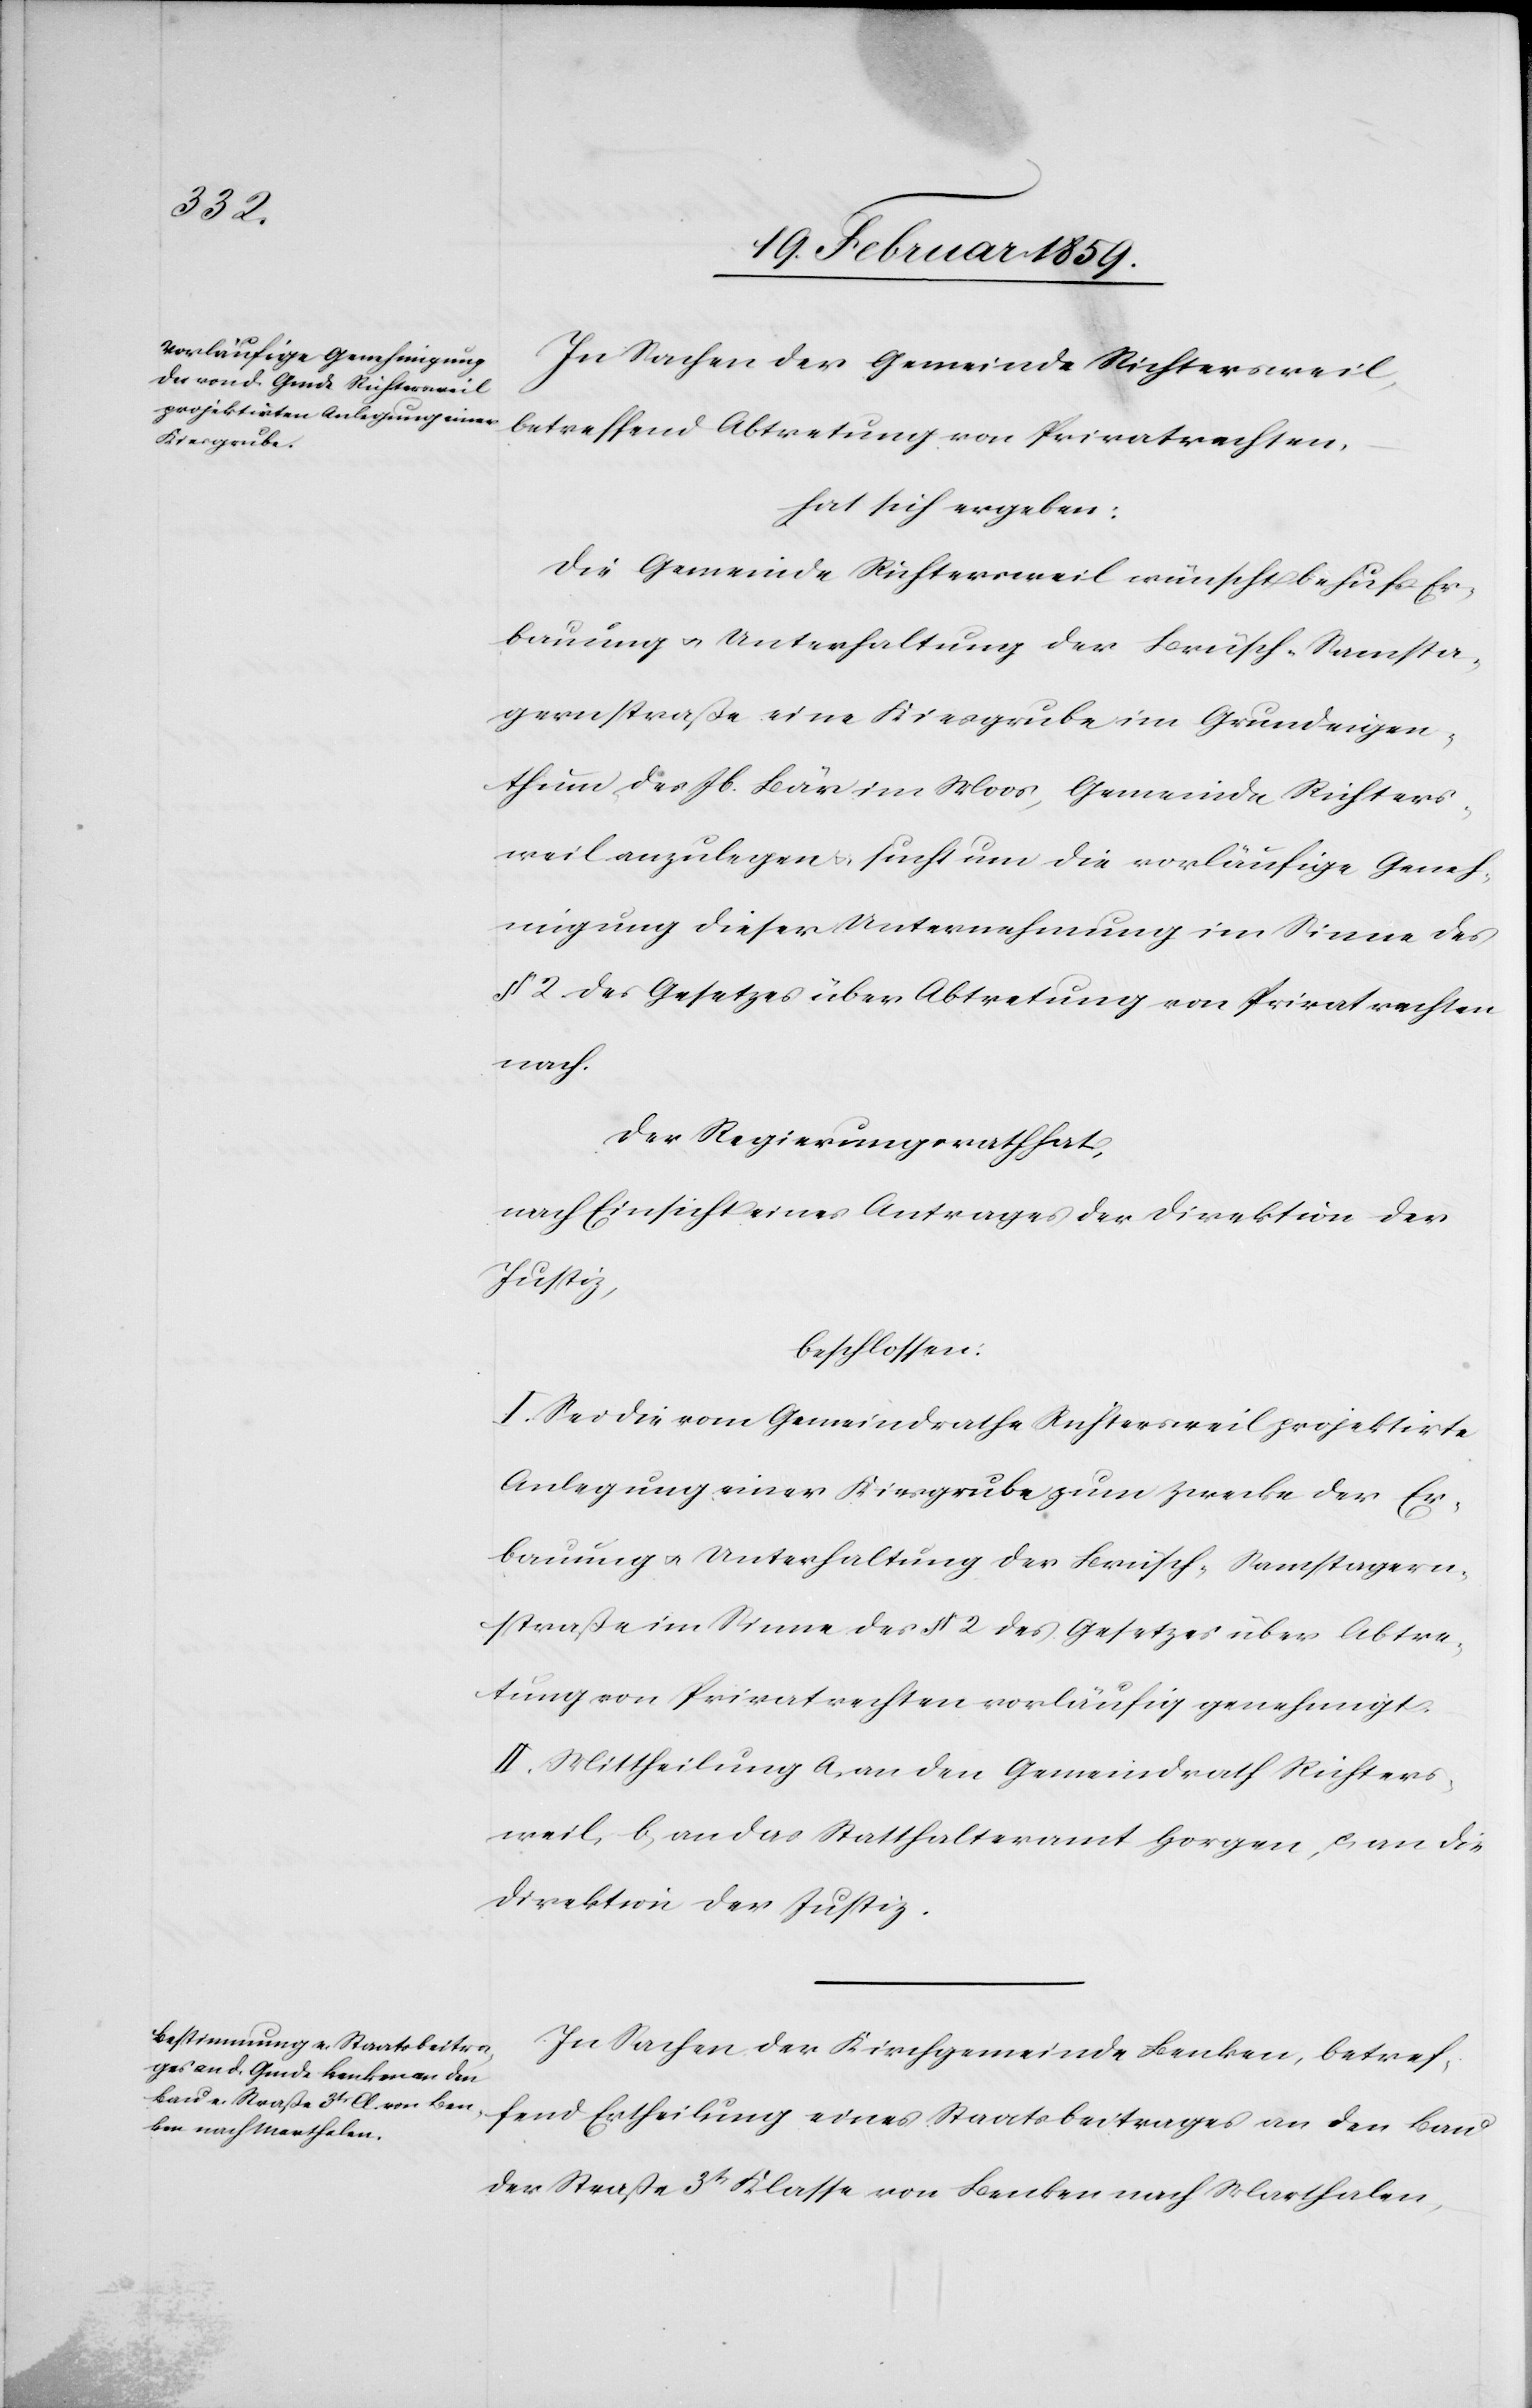
In Sachen der Gemeinde Richtersweil,
betreffend Abtretung von Privatrechten,
an den
hat sich ergeben:
Die Gemeinde Richtersweil wünscht behufs Er¬
bauung u. Unterhaltung der Brüsch-Samsta¬
gernstraße eine Kiesgrube im Grundeigen¬
thum des Jb. Bär im Moos, Gemeinde Richters¬
weil anzulegen u. sucht um die vorläufige Geneh¬
migung dieser Unternehmung im Sinne des
§ 2 des Gesetzes über Abtretung von Privatrechten
nach.
Der Regierungsrath hat,
nach Einsicht eines Antrages der Direktion der
Justiz,
beschlossen:
I. Sei die vom Gemeindrathe Richtersweil projektirte
Anlegung einer Kiesgrube zum Zwecke der Er¬
bauung u. Unterhaltung der Brüsch-Samstagern¬
straße im Sinne des § 2 des Gesetzes über Abtre¬
tung von Privatrechten vorläufig genehmigt.
II. Mittheilung a, an den Gemeindrath Richters¬
weil, b, an das Statthalteramt Horgen, c, an die
Direktion der Justiz.
In Sachen der Kirchgemeinde Benken, betref¬
der Straße 3tr Klasse von Benken nach Marthalen,